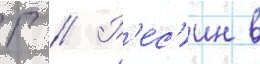
Г // Р'ес'ин в